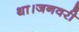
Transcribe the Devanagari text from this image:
था।जनवरी